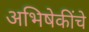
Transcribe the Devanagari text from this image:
अभिषेकींचे